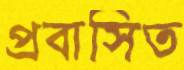
প্রবাসিত